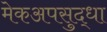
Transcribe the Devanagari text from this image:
मेकअपसुद्धा